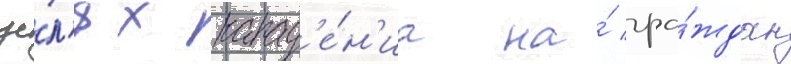
це́л'ях напад'е́н'иа на́ гра́ждан